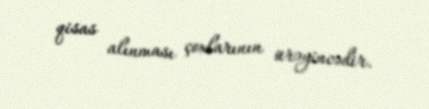
qisas alınması çoxlarının ürəyincədir.